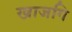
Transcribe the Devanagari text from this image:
खाजगि